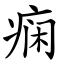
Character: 痫